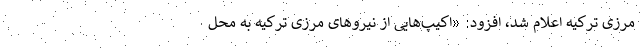
مرزی ترکیه اعلام شد، افزود: «اکیپ‌هایی از نیروهای مرزی ترکیه به محل